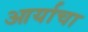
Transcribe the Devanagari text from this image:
आर्याचा